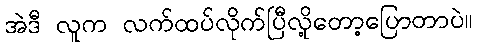
အဲဒီ လူက လက်ထပ်လိုက်ပြီလို့တော့ပြောတာပဲ။